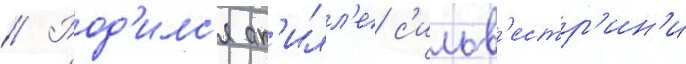
// Род'илс'я ак'илл'е с'ильв'естр'ин'и